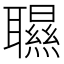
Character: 䏉